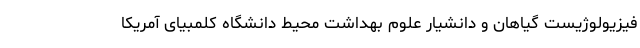
فیزیولوژیست گیاهان و دانشیار علوم بهداشت محیط دانشگاه کلمبیای آمریکا